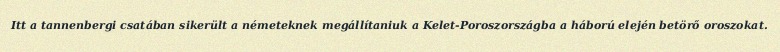
Itt a tannenbergi csatában sikerült a németeknek megállítaniuk a Kelet-Poroszországba a háború elején betörő oroszokat.